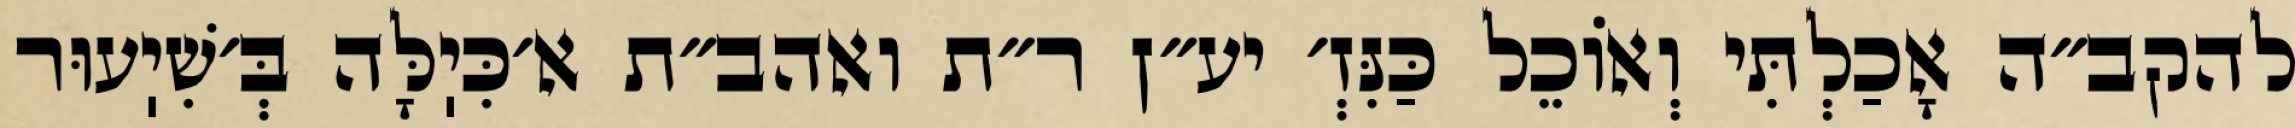
להקב״ה אָכַלְתִּי וְאוֹכֵל כַּנִּזְ׳ יע״ן ר״ת ואהב״ת א׳כִּיֽלָּה בְּ׳שִׁיֽעוּר